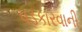
પડકારવાની